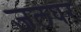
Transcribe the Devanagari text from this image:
जलघर